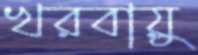
খরবায়ু